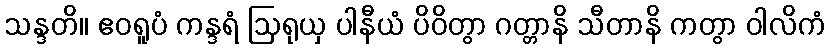
သန္ဒတိ။ ဧဝရူပံ ကန္ဒရံ ဩရုယှ ပါနီယံ ပိဝိတွာ ဂတ္တာနိ သီတာနိ ကတွာ ဝါလိကံ